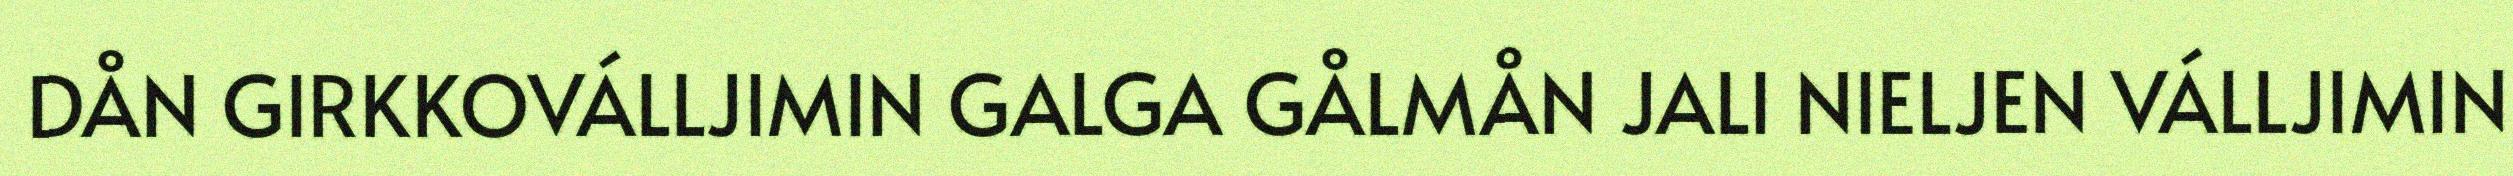
DÅN GIRKKOVÁLLJIMIN GALGA GÅLMÅN JALI NIELJEN VÁLLJIMIN